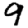
Digit: 9